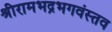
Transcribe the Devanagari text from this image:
श्रीरामभद्रभगवंस्तव